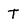
Character: T